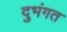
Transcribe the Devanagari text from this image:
दुभंगत